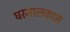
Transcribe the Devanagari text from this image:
घरमालकास